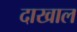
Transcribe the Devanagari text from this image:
दाखाल